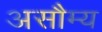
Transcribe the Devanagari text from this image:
असौम्य